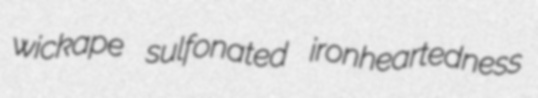
wickape sulfonated ironheartedness